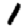
Digit: 1